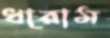
ধারাম